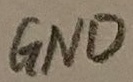
Text: GND